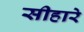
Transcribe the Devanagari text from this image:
सीहारे